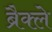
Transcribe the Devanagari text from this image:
ब्रैक्ले